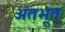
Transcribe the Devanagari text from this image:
अंतभूत